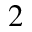
_ 2